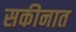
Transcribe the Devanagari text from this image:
सकीनात